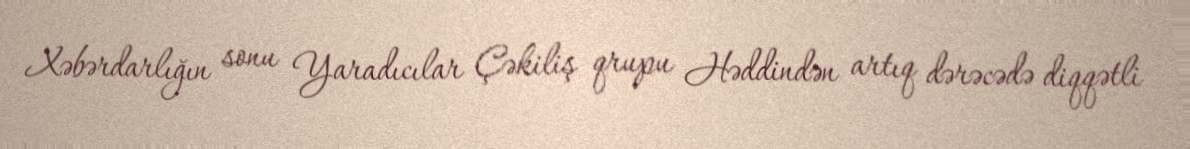
Xəbərdarlığın sonu Yaradıcılar Çəkiliş qrupu Həddindən artıq dərəcədə diqqətli